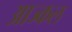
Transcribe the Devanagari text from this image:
आज्कल